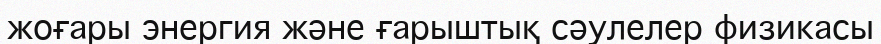
жоғары энергия және ғарыштық сәулелер физикасы